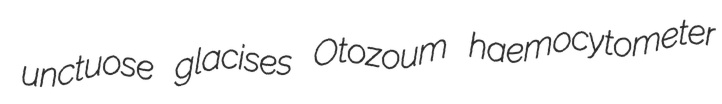
unctuose glacises Otozoum haemocytometer